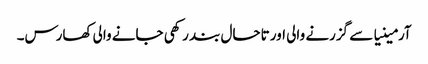
آرمینیا سے گزرنے والی اور تاحال بند رکھی جانے والی کھارس۔